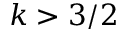
k > 3 / 2